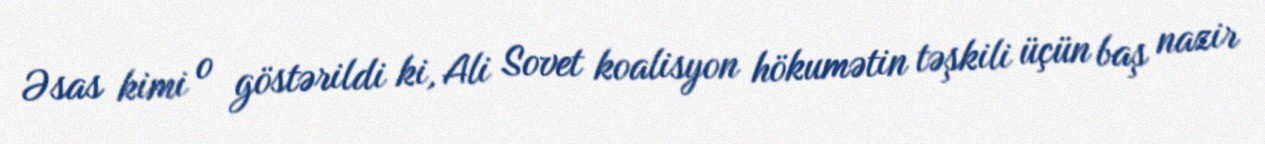
Əsas kimi o göstərildi ki, Ali Sovet koalisyon hökumətin təşkili üçün baş nazir